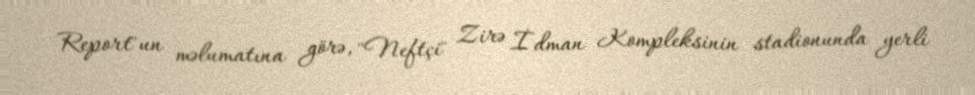
Report"un məlumatına görə, "Neftçi" Zirə İdman Kompleksinin stadionunda yerli